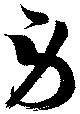
労